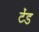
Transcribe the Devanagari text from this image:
टेंड